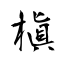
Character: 槇